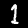
Digit: 1